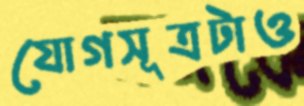
যোগসূত্রটাও